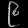
Digit: ၉